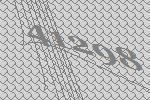
41298